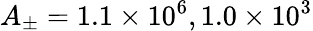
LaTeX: A_{\pm}=1.1\times 10^{6},1.0\times 10^{3}